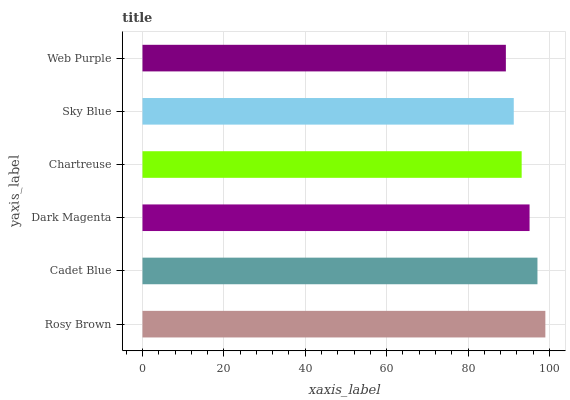
| yaxis_label | bars |
 | --- | --- |
 | Rosy Brown | 99 |
 | Cadet Blue | 97.1 |
 | Dark Magenta | 95.1 |
 | Chartreuse | 93.2 |
 | Sky Blue | 91.2 |
 | Web Purple | 89.3 |